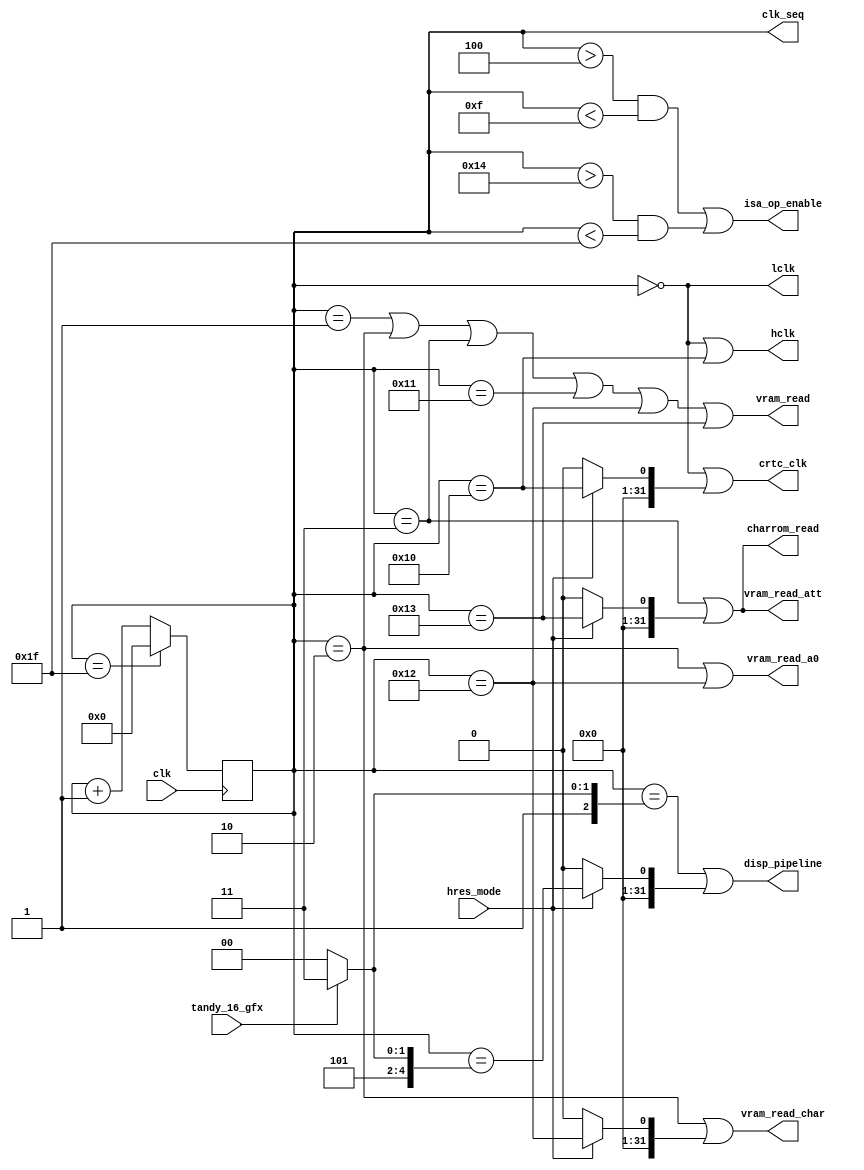
// Graphics Gremlin
//
// Copyright (c) 2021 Eric Schlaepfer
// This work is licensed under the Creative Commons Attribution-ShareAlike 4.0
// International License. To view a copy of this license, visit
// http://creativecommons.org/licenses/by-sa/4.0/ or send a letter to Creative
// Commons, PO Box 1866, Mountain View, CA 94042, USA.
//
`default_nettype wire
module cga_sequencer(
    input clk,
    output[4:0] clk_seq,
    output vram_read,
    output vram_read_a0,
    output vram_read_char,
    output vram_read_att,
    input hres_mode,
    output crtc_clk,
    output charrom_read,
    output disp_pipeline,
    output isa_op_enable,
    output hclk,
    output lclk,
	 input tandy_16_gfx
    );

    wire crtc_clk_int;
    reg[4:0] clkdiv = 5'b0;

    // Sequencer: times internal operations
    always @ (posedge clk)
    begin
        if (clkdiv == 5'd31) begin
            clkdiv <= 5'd0;
        end else begin
            clkdiv <= clkdiv + 1'b1;
        end
    end

    // For 80 column text, we do everything twice for a complete clkdiv cycle.
    // For 40 column text, we do everything once for a complete clkdiv cycle.
    assign lclk = (clkdiv == 5'd0);
    assign hclk = (clkdiv == 5'd0) || (clkdiv == 5'd16);

    assign crtc_clk_int = (clkdiv == 5'd0) || (hres_mode ? (clkdiv == 5'd16) : 0);

    // Control signals based on the sequencer state
    assign vram_read = (clkdiv == 5'd1) || (clkdiv == 5'd2) || (clkdiv == 5'd3) ||
                       (clkdiv == 5'd17) || (clkdiv == 5'd18) || (clkdiv == 5'd19);
    assign vram_read_a0 = (clkdiv == 5'd2) || (clkdiv == 5'd18);
    assign vram_read_char = (clkdiv == 5'd2) || (hres_mode ? (clkdiv == 5'd18) : 0);
    assign vram_read_att = (clkdiv == 5'd3) || (hres_mode ? (clkdiv == 5'd19) : 0);
    assign charrom_read = (clkdiv == 5'd3) || (hres_mode ? (clkdiv == 5'd19) : 0);// 3 and 19?
    assign disp_pipeline = (clkdiv == (tandy_16_gfx ? 5'd7 : 5'd4)) || (hres_mode ? (clkdiv == (tandy_16_gfx ? 5'd23 : 5'd20)) : 0);
	 //assign disp_pipeline = (clkdiv == 5'd7) || (hres_mode ? (clkdiv == 5'd23) : 0);// 3 and 19?
    assign crtc_clk = crtc_clk_int;
    assign clk_seq = clkdiv;
    // Leave a gap of at least 2 cycles between the end of ISA operation and
    // vram_read. This is because an ISA operation takes 3 cycles.
    assign isa_op_enable = ((clkdiv > 5'd4) && (clkdiv < 5'd15)) ||
                           ((clkdiv > 5'd20) && (clkdiv < 5'd31));

endmodule